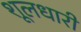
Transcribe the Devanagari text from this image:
शूलधारी